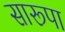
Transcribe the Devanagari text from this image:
सारूपा